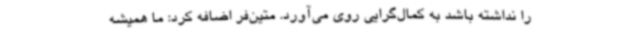
را نداشته باشد به کمال‌گرایی روی می‌آورد. متین‌فر اضافه کرد: ما همیشه